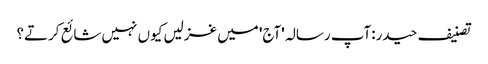
تصنیف حیدر:آپ رسالہ 'آج' میں غزلیں کیوں نہیں شائع کرتے؟